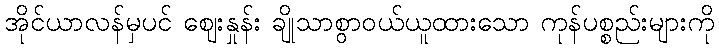
အိုင်ယာလန်မှပင် ဈေးနှုန်း ချိုသာစွာဝယ်ယူထားသော ကုန်ပစ္စည်းများကို